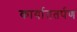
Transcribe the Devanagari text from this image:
कार्याततर्पण